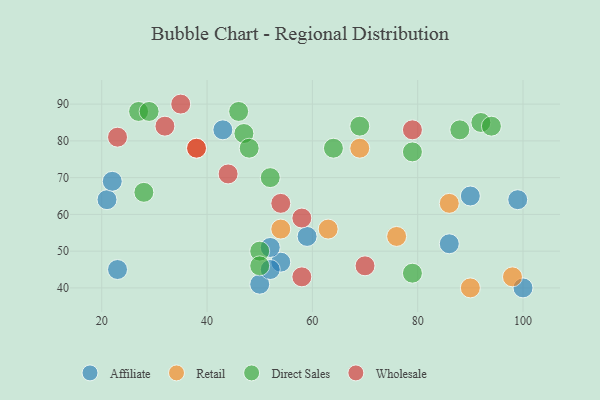
{"axis": {"x": "GDP", "y": "Life Expectancy"}, "legend": ["Affiliate", "Direct Sales", "Retail", "Wholesale"], "data": [{"x": "21", "y": 64, "type": "Affiliate"}, {"x": "90", "y": 65, "type": "Affiliate"}, {"x": "59", "y": 54, "type": "Affiliate"}, {"x": "23", "y": 45, "type": "Affiliate"}, {"x": "43", "y": 83, "type": "Affiliate"}, {"x": "86", "y": 52, "type": "Affiliate"}, {"x": "99", "y": 64, "type": "Affiliate"}, {"x": "54", "y": 47, "type": "Affiliate"}, {"x": "100", "y": 40, "type": "Affiliate"}, {"x": "22", "y": 69, "type": "Affiliate"}, {"x": "50", "y": 41, "type": "Affiliate"}, {"x": "52", "y": 51, "type": "Affiliate"}, {"x": "52", "y": 45, "type": "Affiliate"}, {"x": "54", "y": 56, "type": "Retail"}, {"x": "76", "y": 54, "type": "Retail"}, {"x": "38", "y": 78, "type": "Retail"}, {"x": "90", "y": 40, "type": "Retail"}, {"x": "69", "y": 78, "type": "Retail"}, {"x": "98", "y": 43, "type": "Retail"}, {"x": "63", "y": 56, "type": "Retail"}, {"x": "86", "y": 63, "type": "Retail"}, {"x": "52", "y": 70, "type": "Direct Sales"}, {"x": "69", "y": 84, "type": "Direct Sales"}, {"x": "92", "y": 85, "type": "Direct Sales"}, {"x": "50", "y": 50, "type": "Direct Sales"}, {"x": "46", "y": 88, "type": "Direct Sales"}, {"x": "28", "y": 66, "type": "Direct Sales"}, {"x": "88", "y": 83, "type": "Direct Sales"}, {"x": "94", "y": 84, "type": "Direct Sales"}, {"x": "47", "y": 82, "type": "Direct Sales"}, {"x": "79", "y": 44, "type": "Direct Sales"}, {"x": "79", "y": 77, "type": "Direct Sales"}, {"x": "27", "y": 88, "type": "Direct Sales"}, {"x": "64", "y": 78, "type": "Direct Sales"}, {"x": "50", "y": 46, "type": "Direct Sales"}, {"x": "29", "y": 88, "type": "Direct Sales"}, {"x": "48", "y": 78, "type": "Direct Sales"}, {"x": "23", "y": 81, "type": "Wholesale"}, {"x": "32", "y": 84, "type": "Wholesale"}, {"x": "79", "y": 83, "type": "Wholesale"}, {"x": "70", "y": 46, "type": "Wholesale"}, {"x": "35", "y": 90, "type": "Wholesale"}, {"x": "44", "y": 71, "type": "Wholesale"}, {"x": "38", "y": 78, "type": "Wholesale"}, {"x": "58", "y": 43, "type": "Wholesale"}, {"x": "54", "y": 63, "type": "Wholesale"}, {"x": "58", "y": 59, "type": "Wholesale"}]}